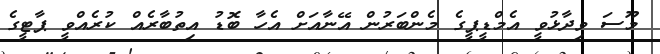
މޫސަ ވިދާޅުވީ އެމްޑީޕީގެ މެންބަރުން އޭނާއަށް އެހާ ބޮޑު އިތުބާރެއް ކުރެއްވީ ޕާޓީގެ